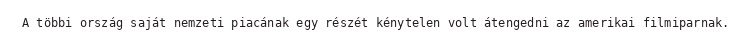
A többi ország saját nemzeti piacának egy részét kénytelen volt átengedni az amerikai filmiparnak.